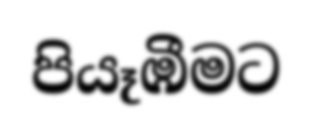
පියෑඹීමට